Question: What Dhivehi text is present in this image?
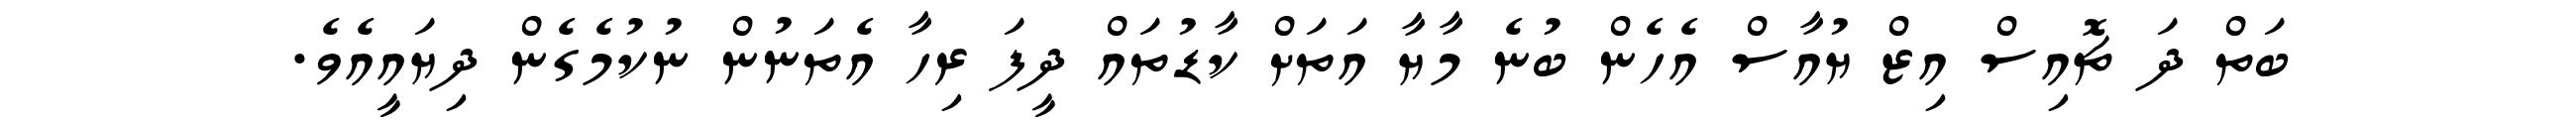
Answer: ބަތް ދަ ޗޮއިސް އިޒް ޔުއާސް އެހެން ބުނެ މާޔާ އަތަށް ކާޑުތައް ދީފަ ރިހާ އެތަނުން ނުކުމެގެން ދިޔައީއެވެ.